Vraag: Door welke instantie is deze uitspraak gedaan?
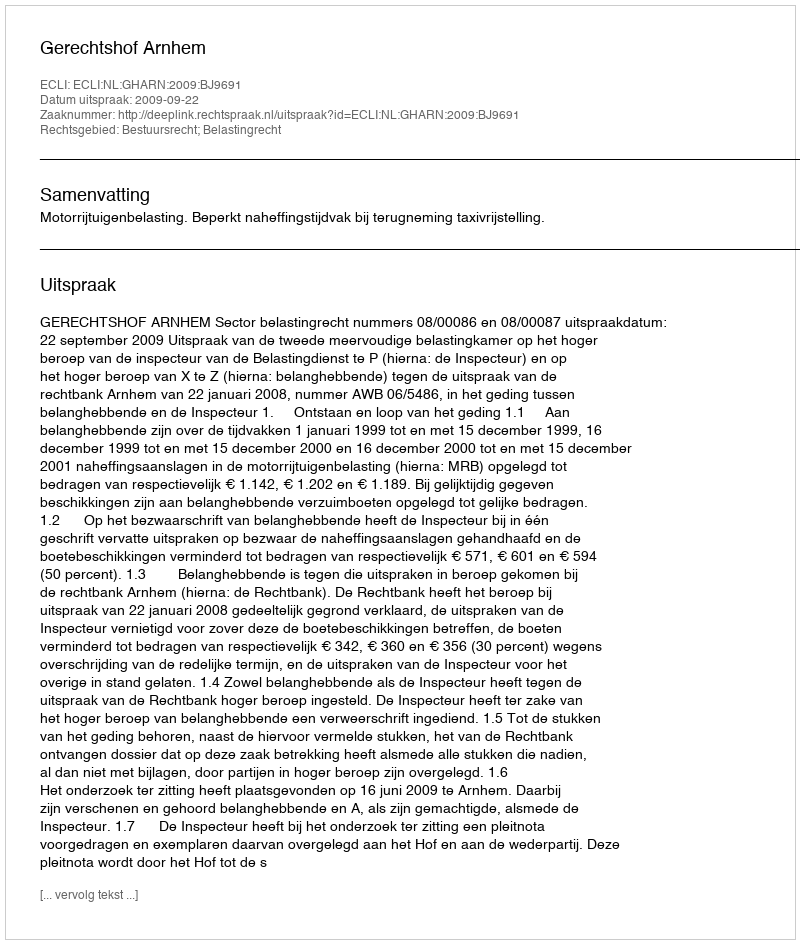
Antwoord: Gerechtshof Arnhem